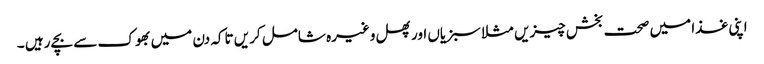
اپنی غذا میں صحت بخش چیزیں مثلا سبزیاں اور پھل وغیرہ شامل کریں تاکہ دن میں بھوک سے بچے رہیں ۔